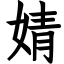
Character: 婧